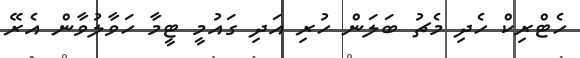
ހެޓްރިކް ހެދި މެޗު ބަލަން ހުރި އަދި ގައުމީ ޓީމާ ހަވާލުވާން އެރޭ